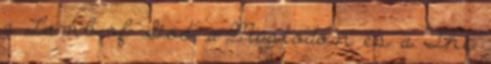
a Lamb of God, a Mastodon és a The